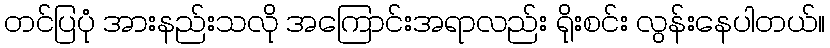
တင်ပြပုံ အားနည်းသလို အကြောင်းအရာလည်း ရိုးစင်း လွန်းနေပါတယ်။